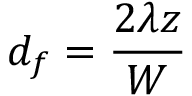
d _ { f } = { \frac { 2 \lambda z } { W } }